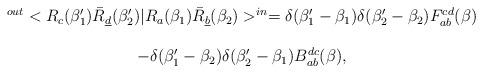
LaTeX: \begin{align*}\begin{array}{c}^{out} <R_c (\beta_1') \bar R_{\underline d} ( \beta_2') | R_a(\beta_1) \bar R_{\underline b} ( \beta_2) >^{in} = \delta (\beta_1' - \beta_1) \delta (\beta_2' - \beta_2) F_{ab}^{cd} (\beta) \\\\- \delta (\beta_1' - \beta_2) \delta (\beta_2' - \beta_1) B_{ab}^{dc} (\beta),\end{array}\end{align*}